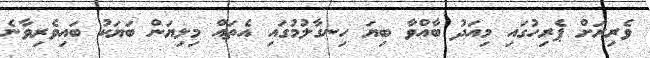
ވެރިރަށް ޕެރިހުގައި މިއަދު ބާއްވާ ބިޔަ ހިނގާލުމުގައި އެތައް މިލިޔަން ބަޔަކު ބައިވެރިވާނެ